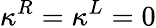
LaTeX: \kappa^{R}=\kappa^{L}=0